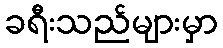
ခရီးသည်များမှာ